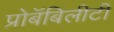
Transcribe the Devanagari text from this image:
प्रोबॅबिलीटी